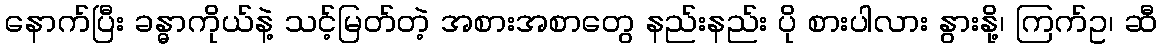
နောက်ပြီး ခန္ဓာကိုယ်နဲ့ သင့်မြတ်တဲ့ အစားအစာတွေ နည်းနည်း ပို စားပါလား နွားနို့၊ ကြက်ဥ၊ ဆီ